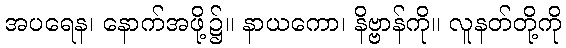
အပရေန၊ နောက်အဖို့၌။ နာယကော၊ နိဗ္ဗာန်ကို။ လူနတ်တို့ကို